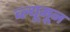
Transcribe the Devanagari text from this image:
ब्ल्यूमून